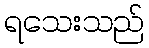
ရသေးသည်